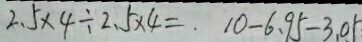
2 . 5 \times 4 \div 2 . 5 \times 4 = . 1 0 - 6 . 9 5 - 3 . 0 5 =